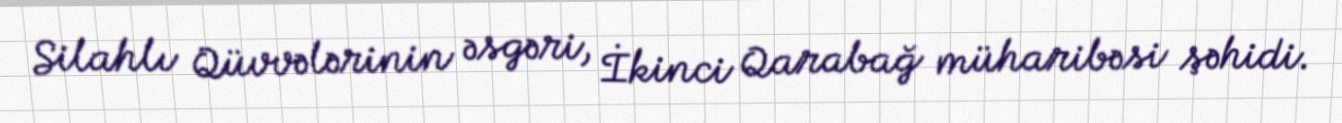
Silahlı Qüvvələrinin əsgəri, İkinci Qarabağ müharibəsi şəhidi.